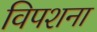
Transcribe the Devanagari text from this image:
विपशना